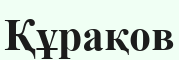
Құрақов